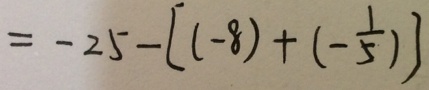
= - 2 5 - [ ( - 8 ) + ( - \frac { 1 } { 5 } ) ]